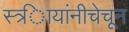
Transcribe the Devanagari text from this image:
स्त्र्िायांनीचेचून